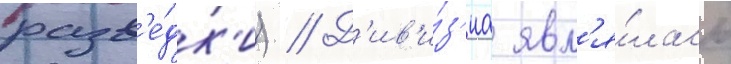
разв'е́дк'и) // Д'ив'и́з'иа явл'я́лась